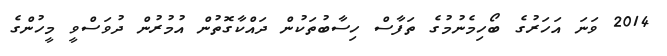
2014 ވަނަ އަހަރުގެ ބޯހިމެނުމުގެ ތަފާސް ހިސާބުތަކުން ދައްކާގޮތުން އުމުރުން ދުވަސްވީ މީހުންގެ